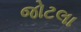
જોટલા